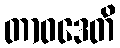
တာဝဒေတိ